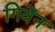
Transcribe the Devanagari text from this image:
गिवेंन